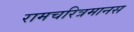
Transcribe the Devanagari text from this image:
रामचरित्रमानस